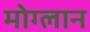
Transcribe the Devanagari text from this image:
मोग्लान